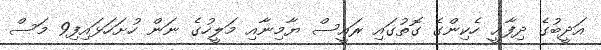
އަދީބުގެ ދިފާޢީ ހެކިންގެ ގޮތުގައި ރައީސް ޔާމިނާއި މަލީހުގެ ނަން ހުށަހަޅައިފި9 މަސް